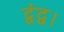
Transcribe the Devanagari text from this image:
द्वंद्व।